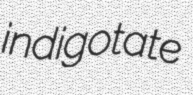
indigotate